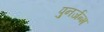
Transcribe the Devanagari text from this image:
पुनर्जन्‍म